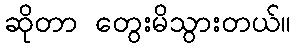
ဆိုတာ တွေးမိသွားတယ်။